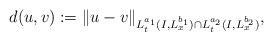
LaTeX: \begin{align*}d(u,v) := \|u-v\|_{L^{a_1}_t(I,L^{b_1}_x) \cap L^{a_2}_t(I,L^{b_2}_x)},\end{align*}